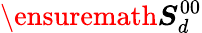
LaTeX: \ensuremath{\boldsymbol{S}}_{d}^{00}